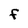
Character: f